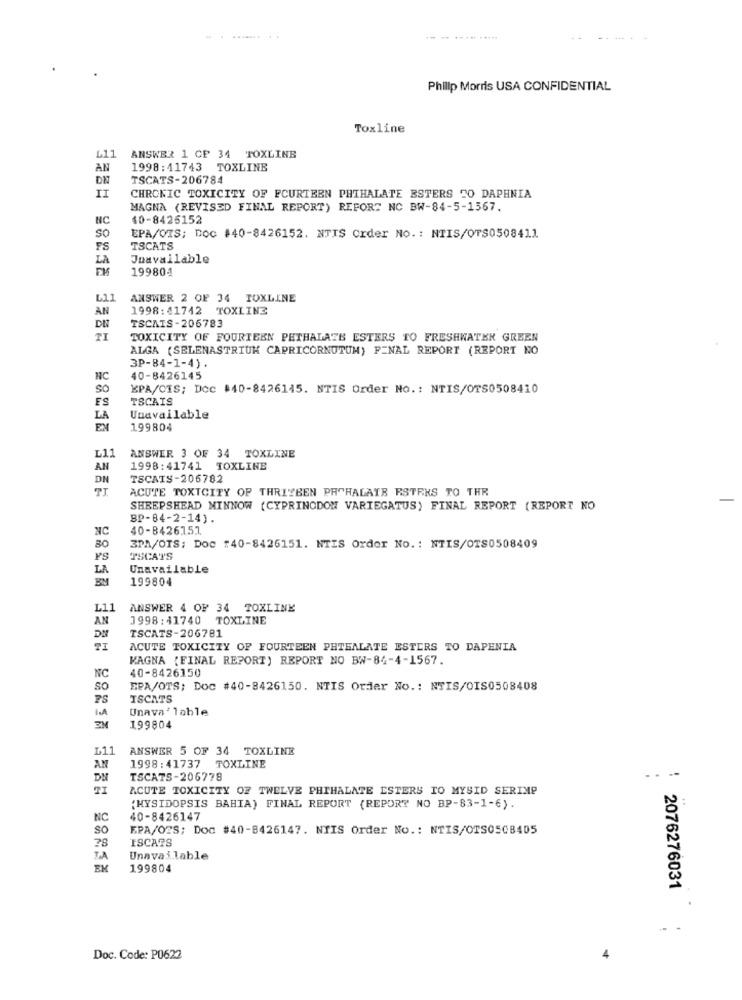
. ----
Philip Morris USA CONFIDENTIAL
Toxline
L11
ANSWER 1 CP 34 TOXLINE
AN
1998:41743 TOXLINE
DN
TSCATS-206784
II
CHRONIC TOXICITY OF FCURTEEN PHTHALATE ESTERS TO DAPHNIA
MAGNA (REVISED FINAL REPORT) REFORT NC BW-84-5-1567.
NC
40-8426152
So
EPA/OTS; DOC #40-8426152. NTIS Crder No. : NTIS/OTS0508411
FS
TSCATS
LA
Juavailable
199804
L11
ANSWER 2 OF 34 TOXLINE
AN
1998:41742 TOXLINE
TSCAIS-206783
TI
TOXICITY OF FOURTEEN PETHALATE ESTERS TO FRESHWATER GREEN
ALGA (SELENASTRIUK CAPRICORNUTUM) FINAL REPORT (REPORT NO
3P-84-1-4).
NC
40-8426145
So
EPA/CIS; Doc #40-8426145. NTIS Order No .: NTIS/OTS0508410
FS
TSCAIS
Unavailable
EX
199804
L11
ANSWER 3 OF 34 TOXLINE
AN
1998:41741 TOXLINE
DN
TSCAIS-206782
ACUTE TOXICITY OF THRIYBEN PRCHALATE ESTRES TO THR
SHEEPSHEAD MINNOW (CYPRINODON VARIEGATUS) FINAL REPORT (REPORT NO
BP-84-2-14).
NC
40-8426151
BO
3PA/OTS; Doc :40-8426151. NTIS Order No. : NTIS/OTS0508409
Ys
TSCATS
LA
Unavailable
BM
199804
L11
ANSWER 4 OF 34 TOXLINE
AN
1998:41740 TOXLINE
TSCATS-206781
ACUTE TOXICITY OF FOURTEEN PHTEALATE ESTERS TO DAPENIA
MAGNA (FINAL REPORT) REPORT NO BW-84-4-1567.
NC
40-8426150
SO
EPA/OTS; DOC #40-8426150. NTIS Order No .: NTIS/OIS0508408
ISCATS
I.A
Unava' lable
3M
199804
L11
ANSWER 5 OF 34 TOXLINE
AN
1998:41737 TOXLINE
---
DM
TSCATS-206778
TI
ACUTE TOXICITY OF TWELVE PHTHALATE ESTERS TO MYSID SERIMP
(MYSIDOPSIS BAHIA) FINAL REPORT (REPORT NO BP-83-1-6).
NC
40-8426147
so
EPA/O2S; Doc #40-8426147. NIIS Order No .: NTIS/OTS0508405
78
ISCA?S
LA
Unavailable
EM
199804
2076276031
Doc. Code: P0622